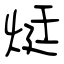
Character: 烶